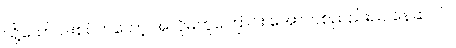
သို့သော် ပါးစပ်ကတော့ အလိုမတူကြောင်း အော်ဟစ်ညည်းညူနေဆဲပင်။